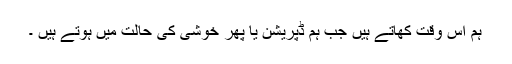
ہم اس وقت کھاتے ہیں جب ہم ڈپریشن یا پھر خوشی کی حالت میں ہوتے ہیں ۔